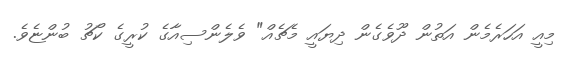
މިއީ އަހަރެމެން އަތުން ދޫވެގެން ދިޔައީ މެޗެއް" ވެލެންސިއާގެ ކުރީގެ ކޯޗު ބުންޏެވެ.